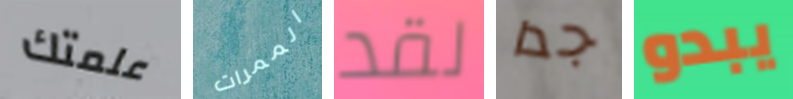
علمتك الممرات لقد جدا يبدو